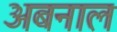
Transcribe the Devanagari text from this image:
अबनाल